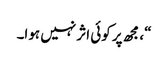
“، مجھ پر کوئی اثر نہیں ہوا۔